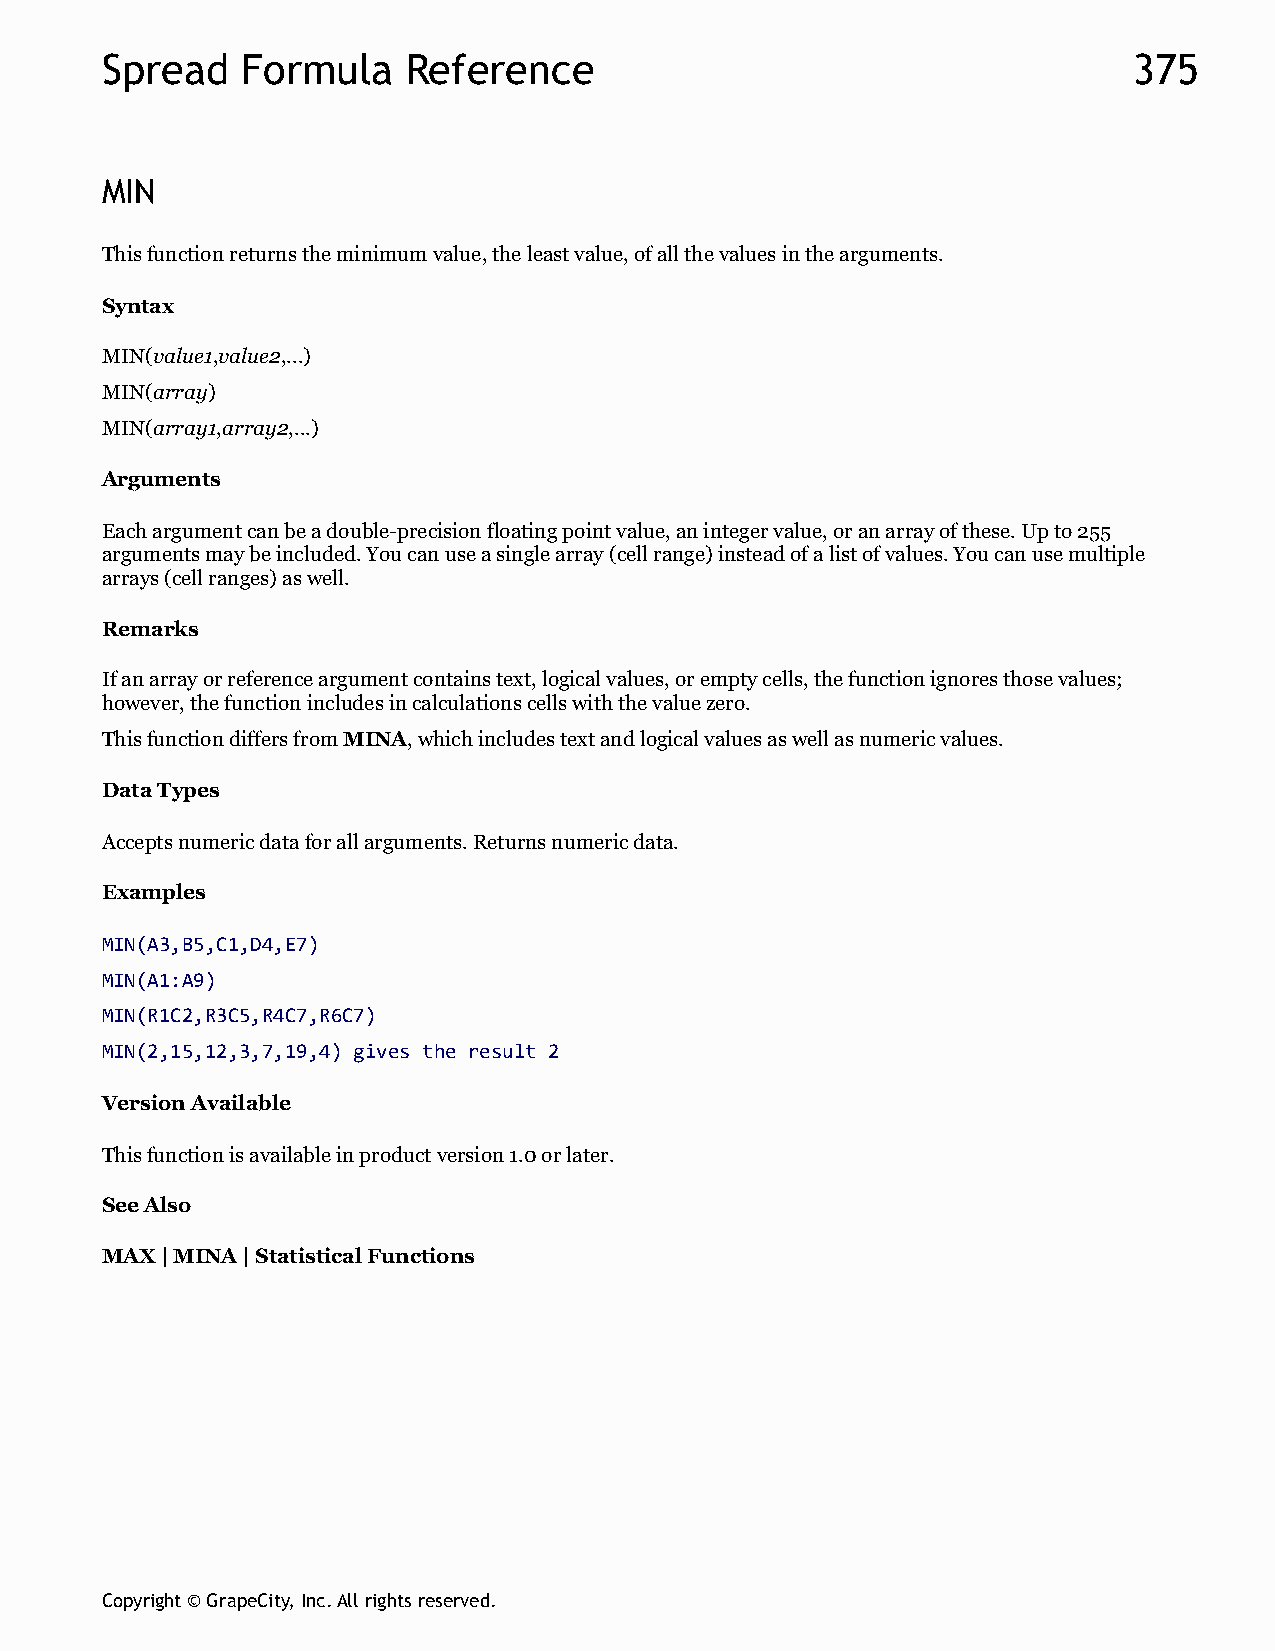
Spread   Formula    Reference                                       375
 MIN
 This function returns the minimum value, the least value, of all the values in the arguments.
 Syntax
 MIN(value1,value2,...)
 MIN(array)
 MIN(array1,array2,...)
 Arguments
 Each argument can be a double-precision floating point value, an integer value, or an array of these. Up to 255
 arguments may be included. You can use a single array (cell range) instead of a list of values. You can use multiple
 arrays (cell ranges) as well.
 Remarks
 If an array or reference argument contains text, logical values, or empty cells, the function ignores those values;
 however, the function includes in calculations cells with the value zero.
 This function differs from MINA, which includes text and logical values as well as numeric values.
 Data Types
 Accepts numeric data for all arguments. Returns numeric data.
 Examples
 MIN(A3,B5,C1,D4,E7)
 MIN(A1:A9)
 MIN(R1C2,R3C5,R4C7,R6C7)
 MIN(2,15,12,3,7,19,4) gives the result 2
 Version Available
 This function is available in product version 1.0 or later.
 See Also
 MAX | MINA | Statistical Functions
 Copyright © GrapeCity, Inc. All rights reserved.